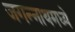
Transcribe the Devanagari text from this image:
जगन्‍नाथमध्ये